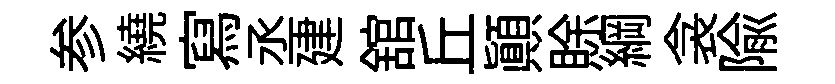
参繞寫丞建舘丘顛賖綱衾隃